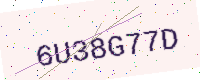
Text: 6U38G77D